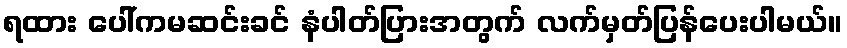
ရထား ပေါ်ကမဆင်းခင် နံပါတ်ပြားအတွက် လက်မှတ်ပြန်ပေးပါမယ်။